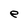
Character: e